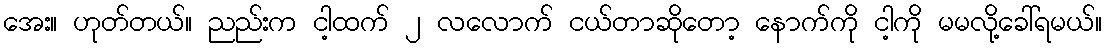
အေး။ ဟုတ်တယ်။ ညည်းက ငါ့ထက် ၂ လလောက် ငယ်တာဆိုတော့ နောက်ကို ငါ့ကို မမလို့ခေါ်ရမယ်။